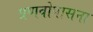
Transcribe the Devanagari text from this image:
प्रणवोपासना